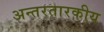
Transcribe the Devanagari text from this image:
अन्तरतारकीय